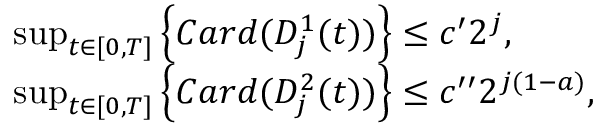
\begin{array} { r l } & { \operatorname* { s u p } _ { t \in [ 0 , T ] } \left\lbrace { \cal C } a r d ( D _ { j } ^ { 1 } ( t ) ) \right\rbrace \le c ^ { \prime } 2 ^ { j } , } \\ & { \operatorname* { s u p } _ { t \in [ 0 , T ] } \left\lbrace { \cal C } a r d ( D _ { j } ^ { 2 } ( t ) ) \right\rbrace \le c ^ { \prime \prime } 2 ^ { j ( 1 - a ) } , } \end{array}